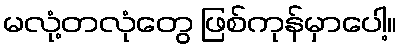
မလုံ့တလုံတွေ ဖြစ်ကုန်မှာပေါ့။